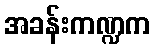
အခန်းကဏ္ဍက